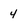
Character: 4